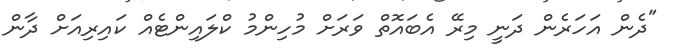
"ދެން އަހަރެން ދަނީ މިރޭ އެބައޮތް ވަރަށް މުހިންމު ކްލައިންޓެއް ކައިރިއަށް ދާން